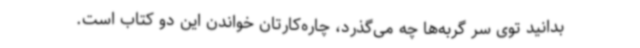
بدانید توی سر گربه‌ها چه می‌گذرد، چاره‌کارتان خواندن این دو کتاب است.